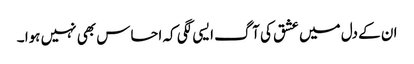
ان کے دل میں عشق کی آگ ایسی لگی کہ احساس بھی نہیں ہوا ۔